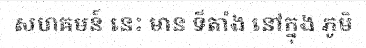
សហគមន៍ នេះ មាន ទីតាំង នៅក្នុង ភូមិ